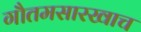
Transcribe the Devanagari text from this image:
गौतमसारखाच